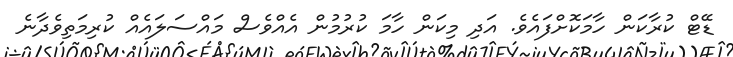
ޑޭޓް ކުރާކަން ހާމަކޮށްފައެވެ. އަދި މިކަން ހާމަ ކުރުމުން އެއްވެސް މައްސަލައެއް ކުރިމަތިވެދާނެ